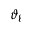
\vartheta _ { \ell }